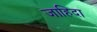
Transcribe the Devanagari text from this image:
जाहिदा